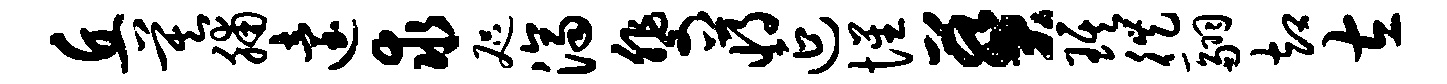
丘莫脯迨求咫济斐蒋延惺葵琪徙翮却左